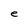
Character: e